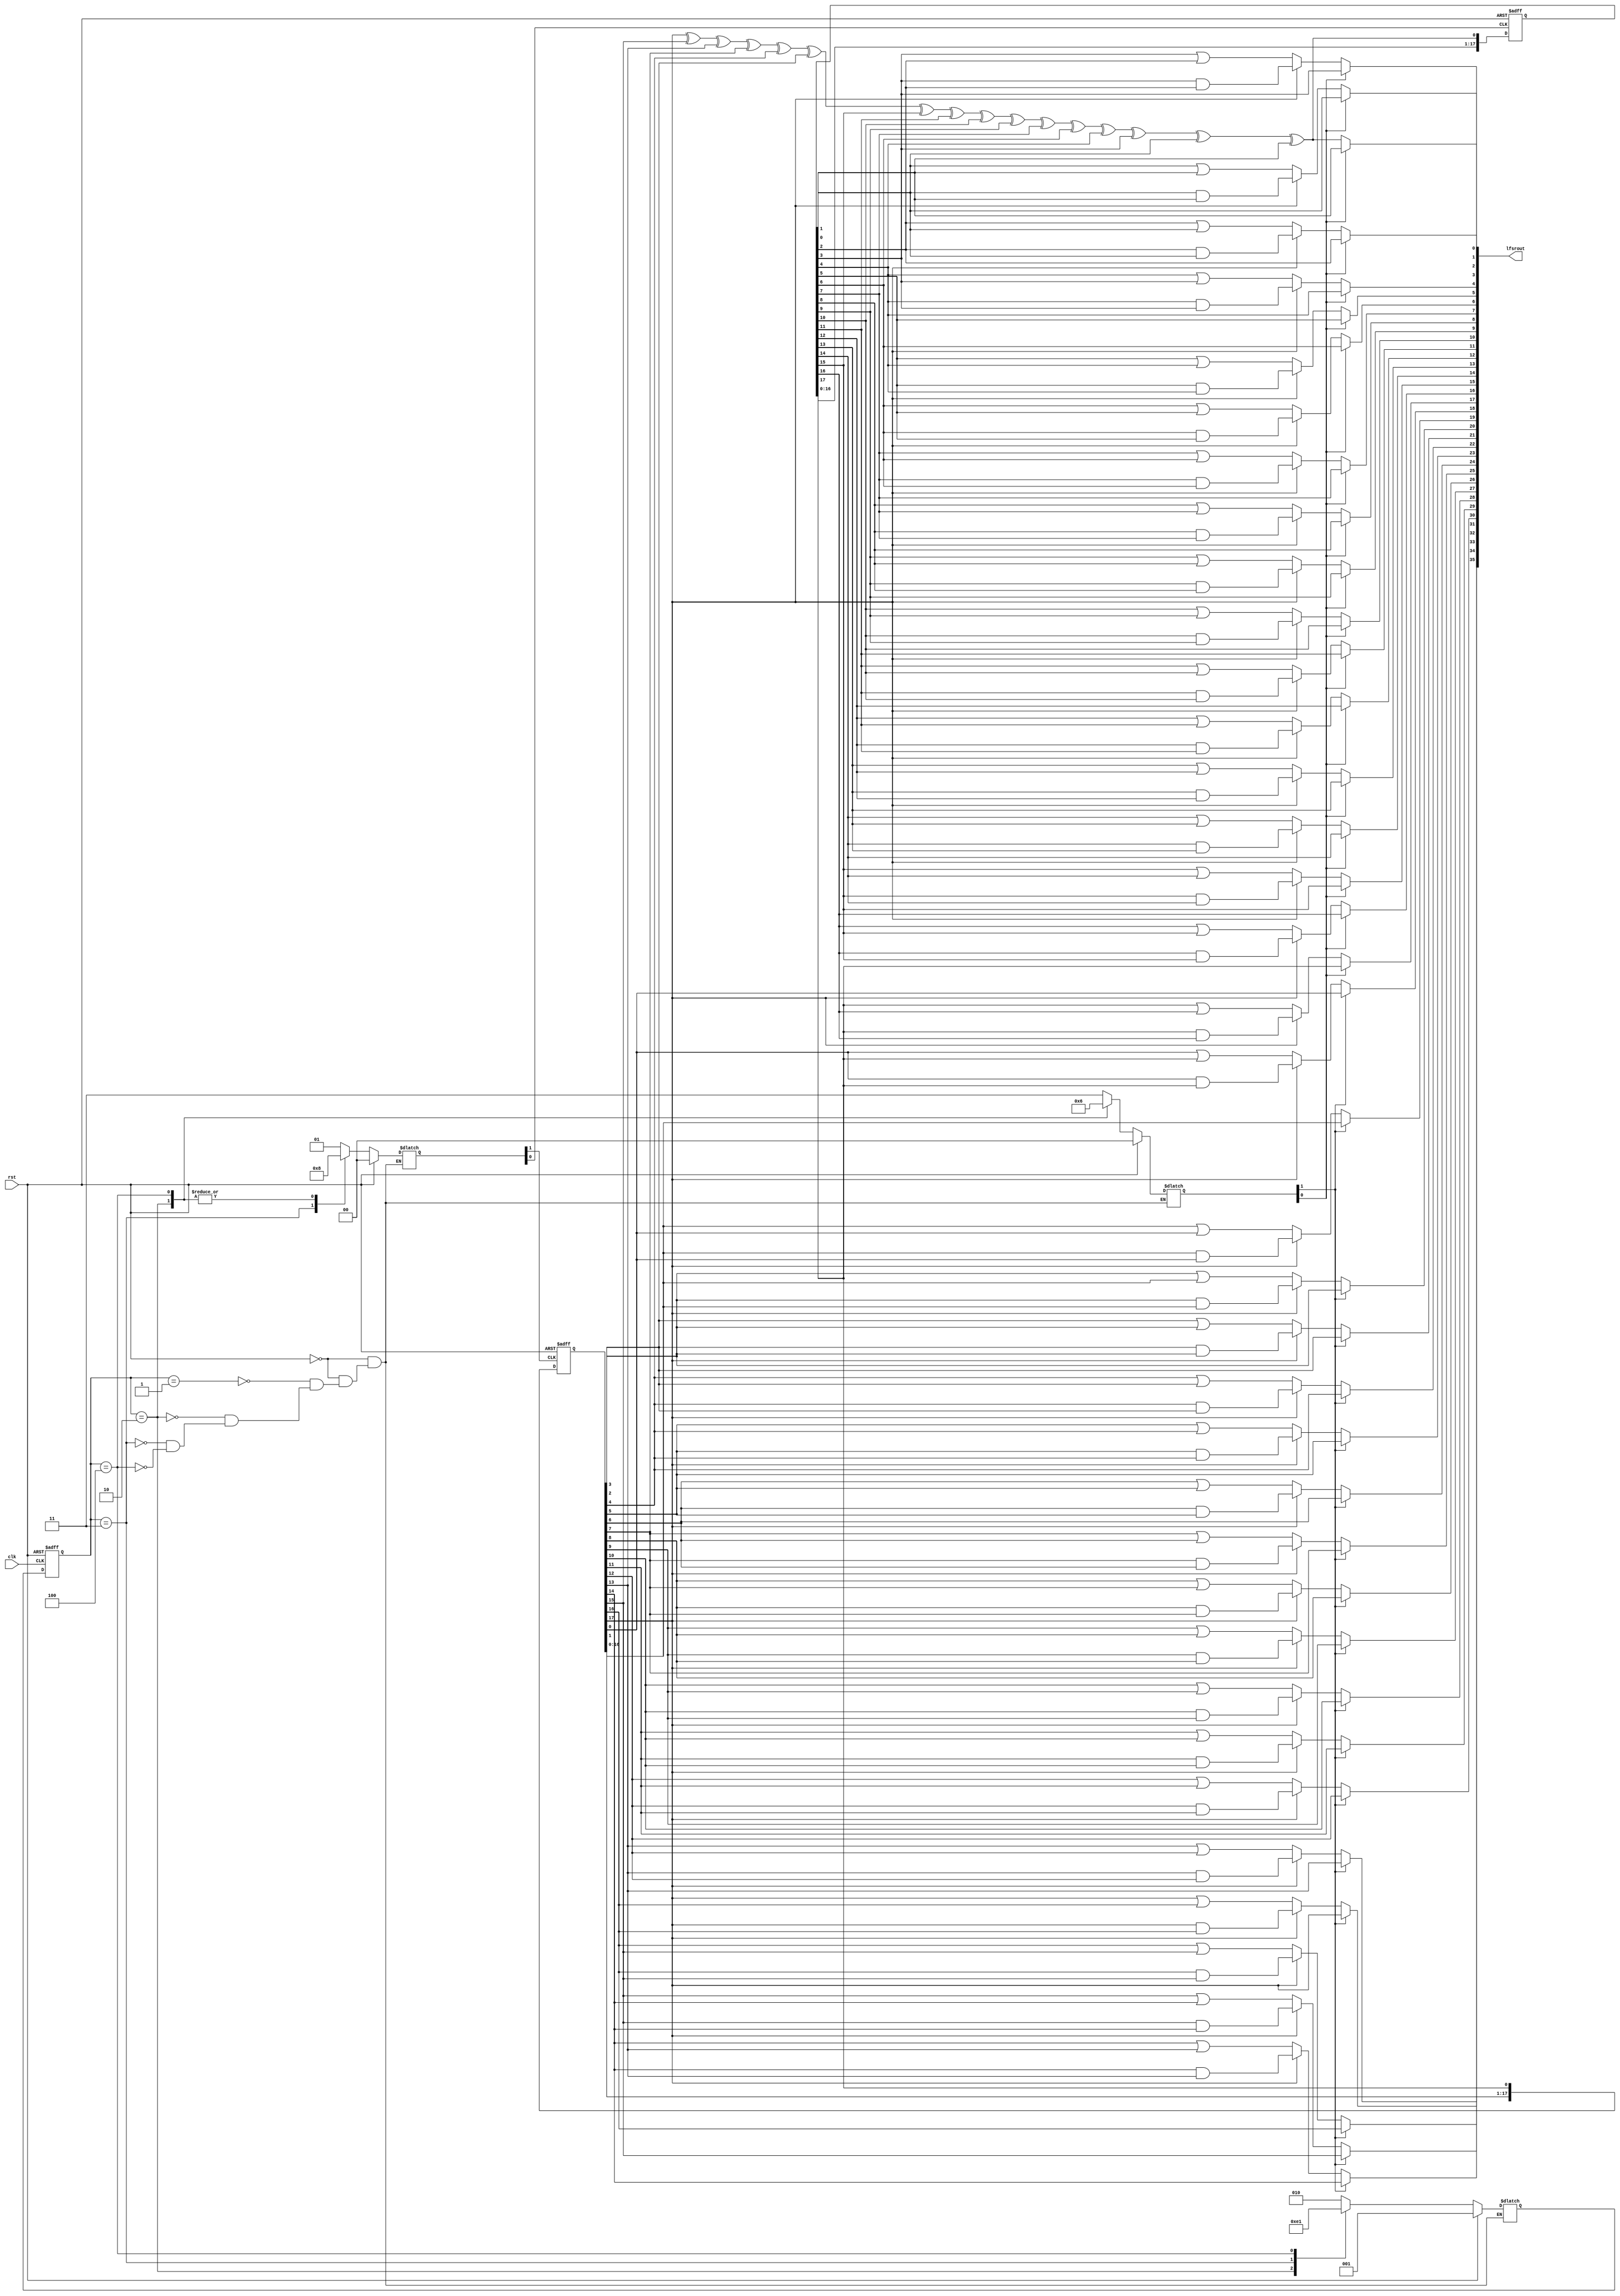
`timescale 1ns / 1ps
//////////////////////////////////////////////////////////////////////////////////
// Company: 
// Engineer: 
// 
// Design Name: 
// Module Name:    LOWpowerr 
// Project Name: 
// Target Devices: 
// Tool versions: 
// Description: 
//
// Dependencies: 
//
// Revision: 
// Revision 0.01 - File Created
// Additional Comments: 
//
//////////////////////////////////////////////////////////////////////////////////


module lfsr_lp(clk,rst,lfsrout);
input rst,clk; 
output reg [35:0]lfsrout;

reg [35:0]lfsr_reg,R_inj;

reg [2:0]curr_state,next_state;

reg [1:0]en,sel;

parameter RESET = 3'b000;
parameter Ti = 3'b001;
parameter Tk1 = 3'b010;
parameter Tk2 = 3'b011;
parameter Tk3 = 3'b100;

reg [5:0] i,j;


//Current state logic
always@(posedge rst or posedge clk)
begin
	if(rst)
	begin
		curr_state <= RESET;
		//lfsr_reg <= 36'b010010100101101011010010100101101011;
	end
	else
	begin
		curr_state <= next_state;
		//lfsr_reg <= 
	end
end

//lfsr's lower half operation with gated clk
always @(posedge rst or posedge en[0])
begin
	if(rst)
	begin
		lfsr_reg[17:0] <= 18'b010010100101101011;
	end
	else
	begin
		lfsr_reg[17:1] <= lfsr_reg [16:0];
		lfsr_reg[0] <= lfsr_reg[35]^lfsr_reg[33]^lfsr_reg[31]^lfsr_reg[25]^lfsr_reg[22]^lfsr_reg[21]^lfsr_reg[15]^lfsr_reg[11]^lfsr_reg[10]^lfsr_reg[09]^lfsr_reg[07]^lfsr_reg[06]^lfsr_reg[04]^lfsr_reg[03]^lfsr_reg[01]^lfsr_reg[00];
	end
end

//lfsr's upper half operation with gated clk
always@(posedge rst or posedge en[1])
begin
	if(rst)
	begin
		lfsr_reg[35:18] <= 18'b010010100101101011;
	end
	else
		lfsr_reg[35:18] <= lfsr_reg[34:17];
end



//next state decoder logic
always@(curr_state,rst)
begin
	if(rst)
	begin
		en = 2'b00;
		sel = 2'b00;
		next_state = Ti;
	end
	else
	begin
		case(curr_state)
			Ti:
			begin
				en = 2'b01;
				sel = 2'b11;
				next_state = Tk1;
			end
			Tk1:
			begin
				en = 2'b00;
				sel = 2'b01;
				next_state = Tk2;
			end
			Tk2:
			begin
				en = 2'b10;
				sel = 2'b11;
				next_state = Tk3;
			end
			Tk3:
			begin
				en = 2'b00;
				sel = 2'b10;
				next_state = Ti;
			end
		endcase
	end
end


//Random Injector R_inj output generations
always@(lfsr_reg)
begin
	R_inj[0] =  lfsr_reg[35]^lfsr_reg[33]^lfsr_reg[31]^lfsr_reg[25]^lfsr_reg[22]^lfsr_reg[21]^lfsr_reg[15]^lfsr_reg[11]^lfsr_reg[10]^lfsr_reg[09]^lfsr_reg[07]^lfsr_reg[06]^lfsr_reg[04]^lfsr_reg[03]^lfsr_reg[01]^lfsr_reg[00];
	for(i=1;i<=6'd35;i=i+1'b1)
	begin
		if(lfsr_reg[35] == 1'b1)
		begin
			R_inj[i] = lfsr_reg[i] & lfsr_reg[i-1'b1];
		end
		else
		begin
			R_inj[i] = lfsr_reg[i] | lfsr_reg[i-1'b1];
		end
	end
end


//output decoder block
always@(sel,R_inj,lfsr_reg)
begin
	for(j=6'd0;j<6'd18;j=j+1'b1)
	begin
		if(sel[0] == 1'b1)
		begin
			lfsrout[j] = lfsr_reg[j];
		end
		else
		begin
			lfsrout[j] = R_inj[j];
		end
	end


	for(j=6'd18;j<6'd36;j=j+1'b1)
	begin
		if(sel[1] == 1'b1)
		begin
			lfsrout[j] = lfsr_reg[j];
		end
		else
		begin
			lfsrout[j] = R_inj[j];
		end
	end
end

endmodule